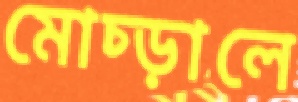
মোচ্‌ড়ালে